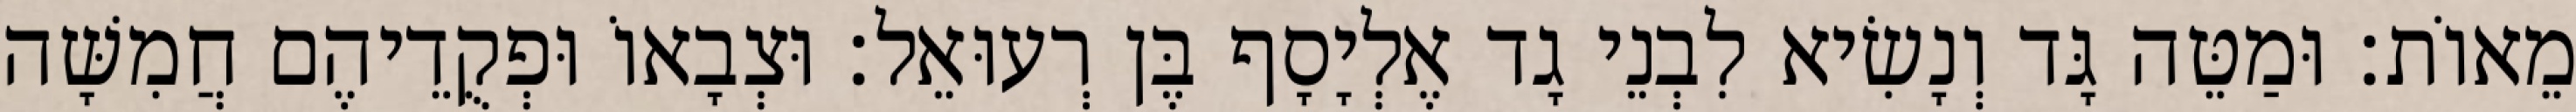
מֵאוֹת׃ וּמַטֵּה גָּד וְנָשִׂיא לִבְנֵי גָד אֶלְיָסָף בֶּן רְעוּאֵל׃ וּצְבָאוֹ וּפְקֻדֵיהֶם חֲמִשָּׁה